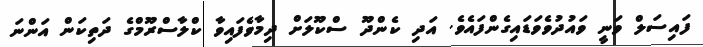
ފައިސަލް ވަނީ ވައުދުވެވަޑައިގެންފައެވެ. އަދި ކެންދޫ ސްކޫލަށް ދިމާވެފައިވާ ކްލާސްރޫމްގެ ދަތިކަން އަންނަ